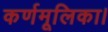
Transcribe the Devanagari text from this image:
कर्णमूलिका।